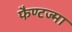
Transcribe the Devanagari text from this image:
फैण्टज्मा